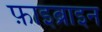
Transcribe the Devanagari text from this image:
फ़ाइब्राइन